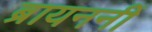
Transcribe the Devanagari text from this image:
ब्रायननीं